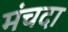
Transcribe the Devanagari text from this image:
मंचदा